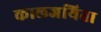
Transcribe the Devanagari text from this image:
कालजयिता